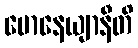
မောနေယျာနီတိ